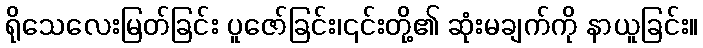
ရိုသေလေးမြတ်ခြင်း ပူဇော်ခြင်း၊၎င်းတို့၏ ဆုံးမချက်ကို နာယူခြင်း။